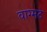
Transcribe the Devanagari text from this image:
वाग्मट